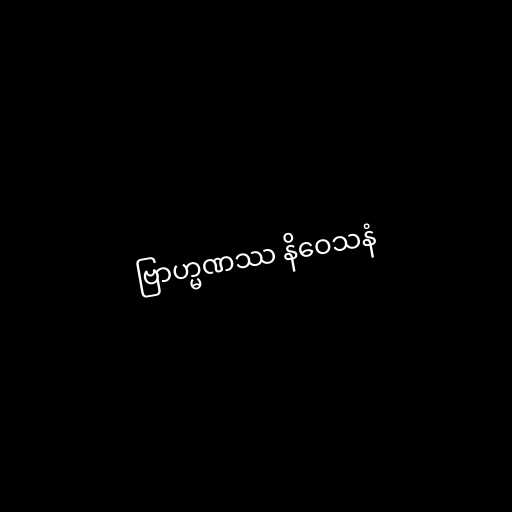
ဗြာဟ္မဏဿ နိဝေသနံ